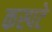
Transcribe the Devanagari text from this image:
कस्पटे